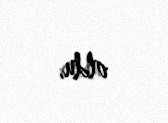
oldu.